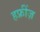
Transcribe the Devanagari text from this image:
हफ्रींज़